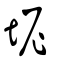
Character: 坭